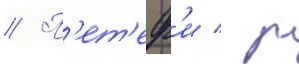
// П'ет'еф'и / р